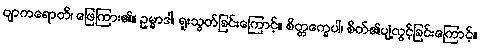
ဗျာကရောတိ၊ ဖြေကြား၏။ ဥမ္မာဒါ၊ ရူးသွတ်ခြင်းကြောင့်။ စိတ္တက္ခေပါ၊ စိတ်၏ပျံ့လွင့်ခြင်းကြောင့်။